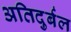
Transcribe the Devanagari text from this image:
अतिदुर्बल